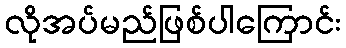
လိုအပ်မည်ဖြစ်ပါကြောင်း